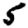
Digit: 5